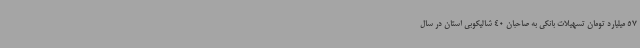
57 میلیارد تومان تسهیلات بانکی به صاحبان 40 شالیکوبی استان در سال